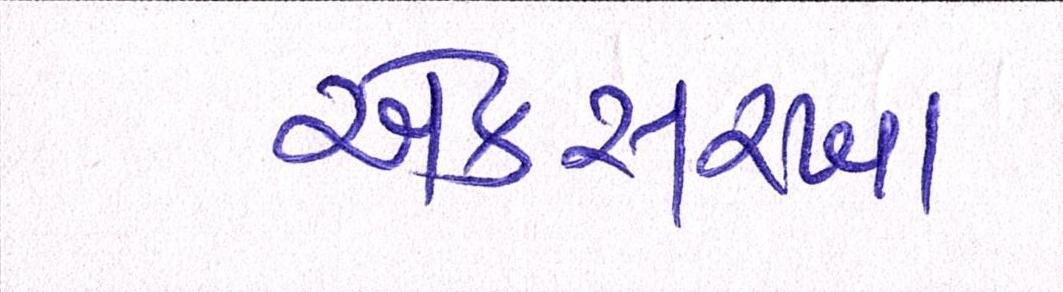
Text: એકસરખા